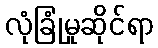
လုံခြုံမှုဆိုင်ရာ